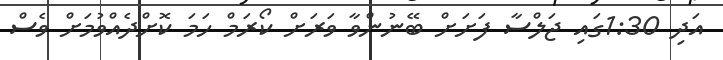
އަދި 1:30ގައި ޖަލްސާ ފަށަށް ބޭނުންވާ ވަރަށް ކޯރަމް ހަމަ ކޮށްދެއްވުމަށް ވެސް